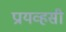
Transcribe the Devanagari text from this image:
प्रायव्हसी